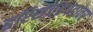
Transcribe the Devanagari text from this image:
हरिशचंद्रगडावर